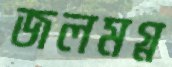
জলমগ্ন